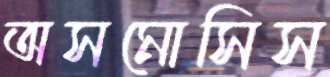
অসমোসিস